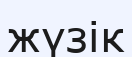
жүзік